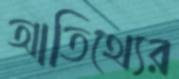
আতিথ্যের